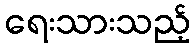
ရေးသားသည့်